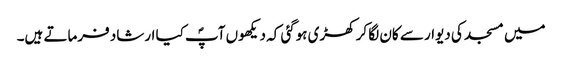
میں مسجد کی دیوار سے کان لگا کر کھڑی ہوگئی کہ دیکھوں آپؐ کیا ارشاد فرماتے ہیں۔